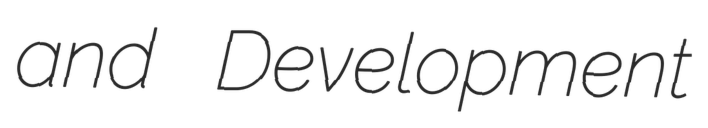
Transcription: and Development